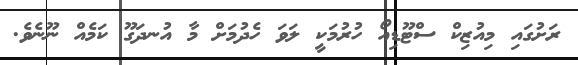
ރަށުގައި މިއުޒިކް ސްޓޫޑިއޯ ހުރުމަކީ ލަވަ ހެދުމަށް މާ އުނދަގޫ ކަމެއް ނޫނެވެ.